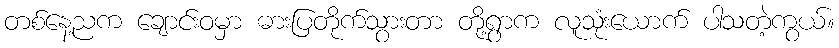
တစ်နေ့ညက ချောင်းဝမှာ ဓားပြတိုက်သွားတာ တို့ရွာက လူသုံးယောက် ပါသတဲ့ကွယ်။